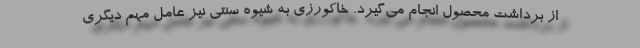
از برداشت محصول انجام می‌گیرد. خاکورزی به شیوه سنتی نیز عامل مهم دیگری